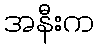
အနီးက